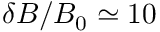
\delta B / B _ { 0 } \simeq 1 0 \